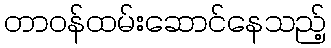
တာဝန်ထမ်းဆောင်နေသည့်